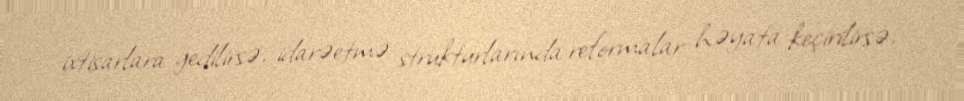
ixtisarlara gedilirsə, idarəetmə strukturlarında reformalar həyata keçirilirsə,